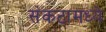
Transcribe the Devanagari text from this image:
संकटामध्ये